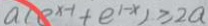
a ( e ^ { x - 1 } + e ^ { 1 - x } ) \geq 2 a